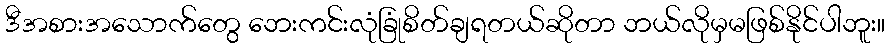
ဒီအစားအသောက်တွေ ဘေးကင်းလုံခြုံစိတ်ချရတယ်ဆိုတာ ဘယ်လိုမှမဖြစ်နိုင်ပါဘူး။